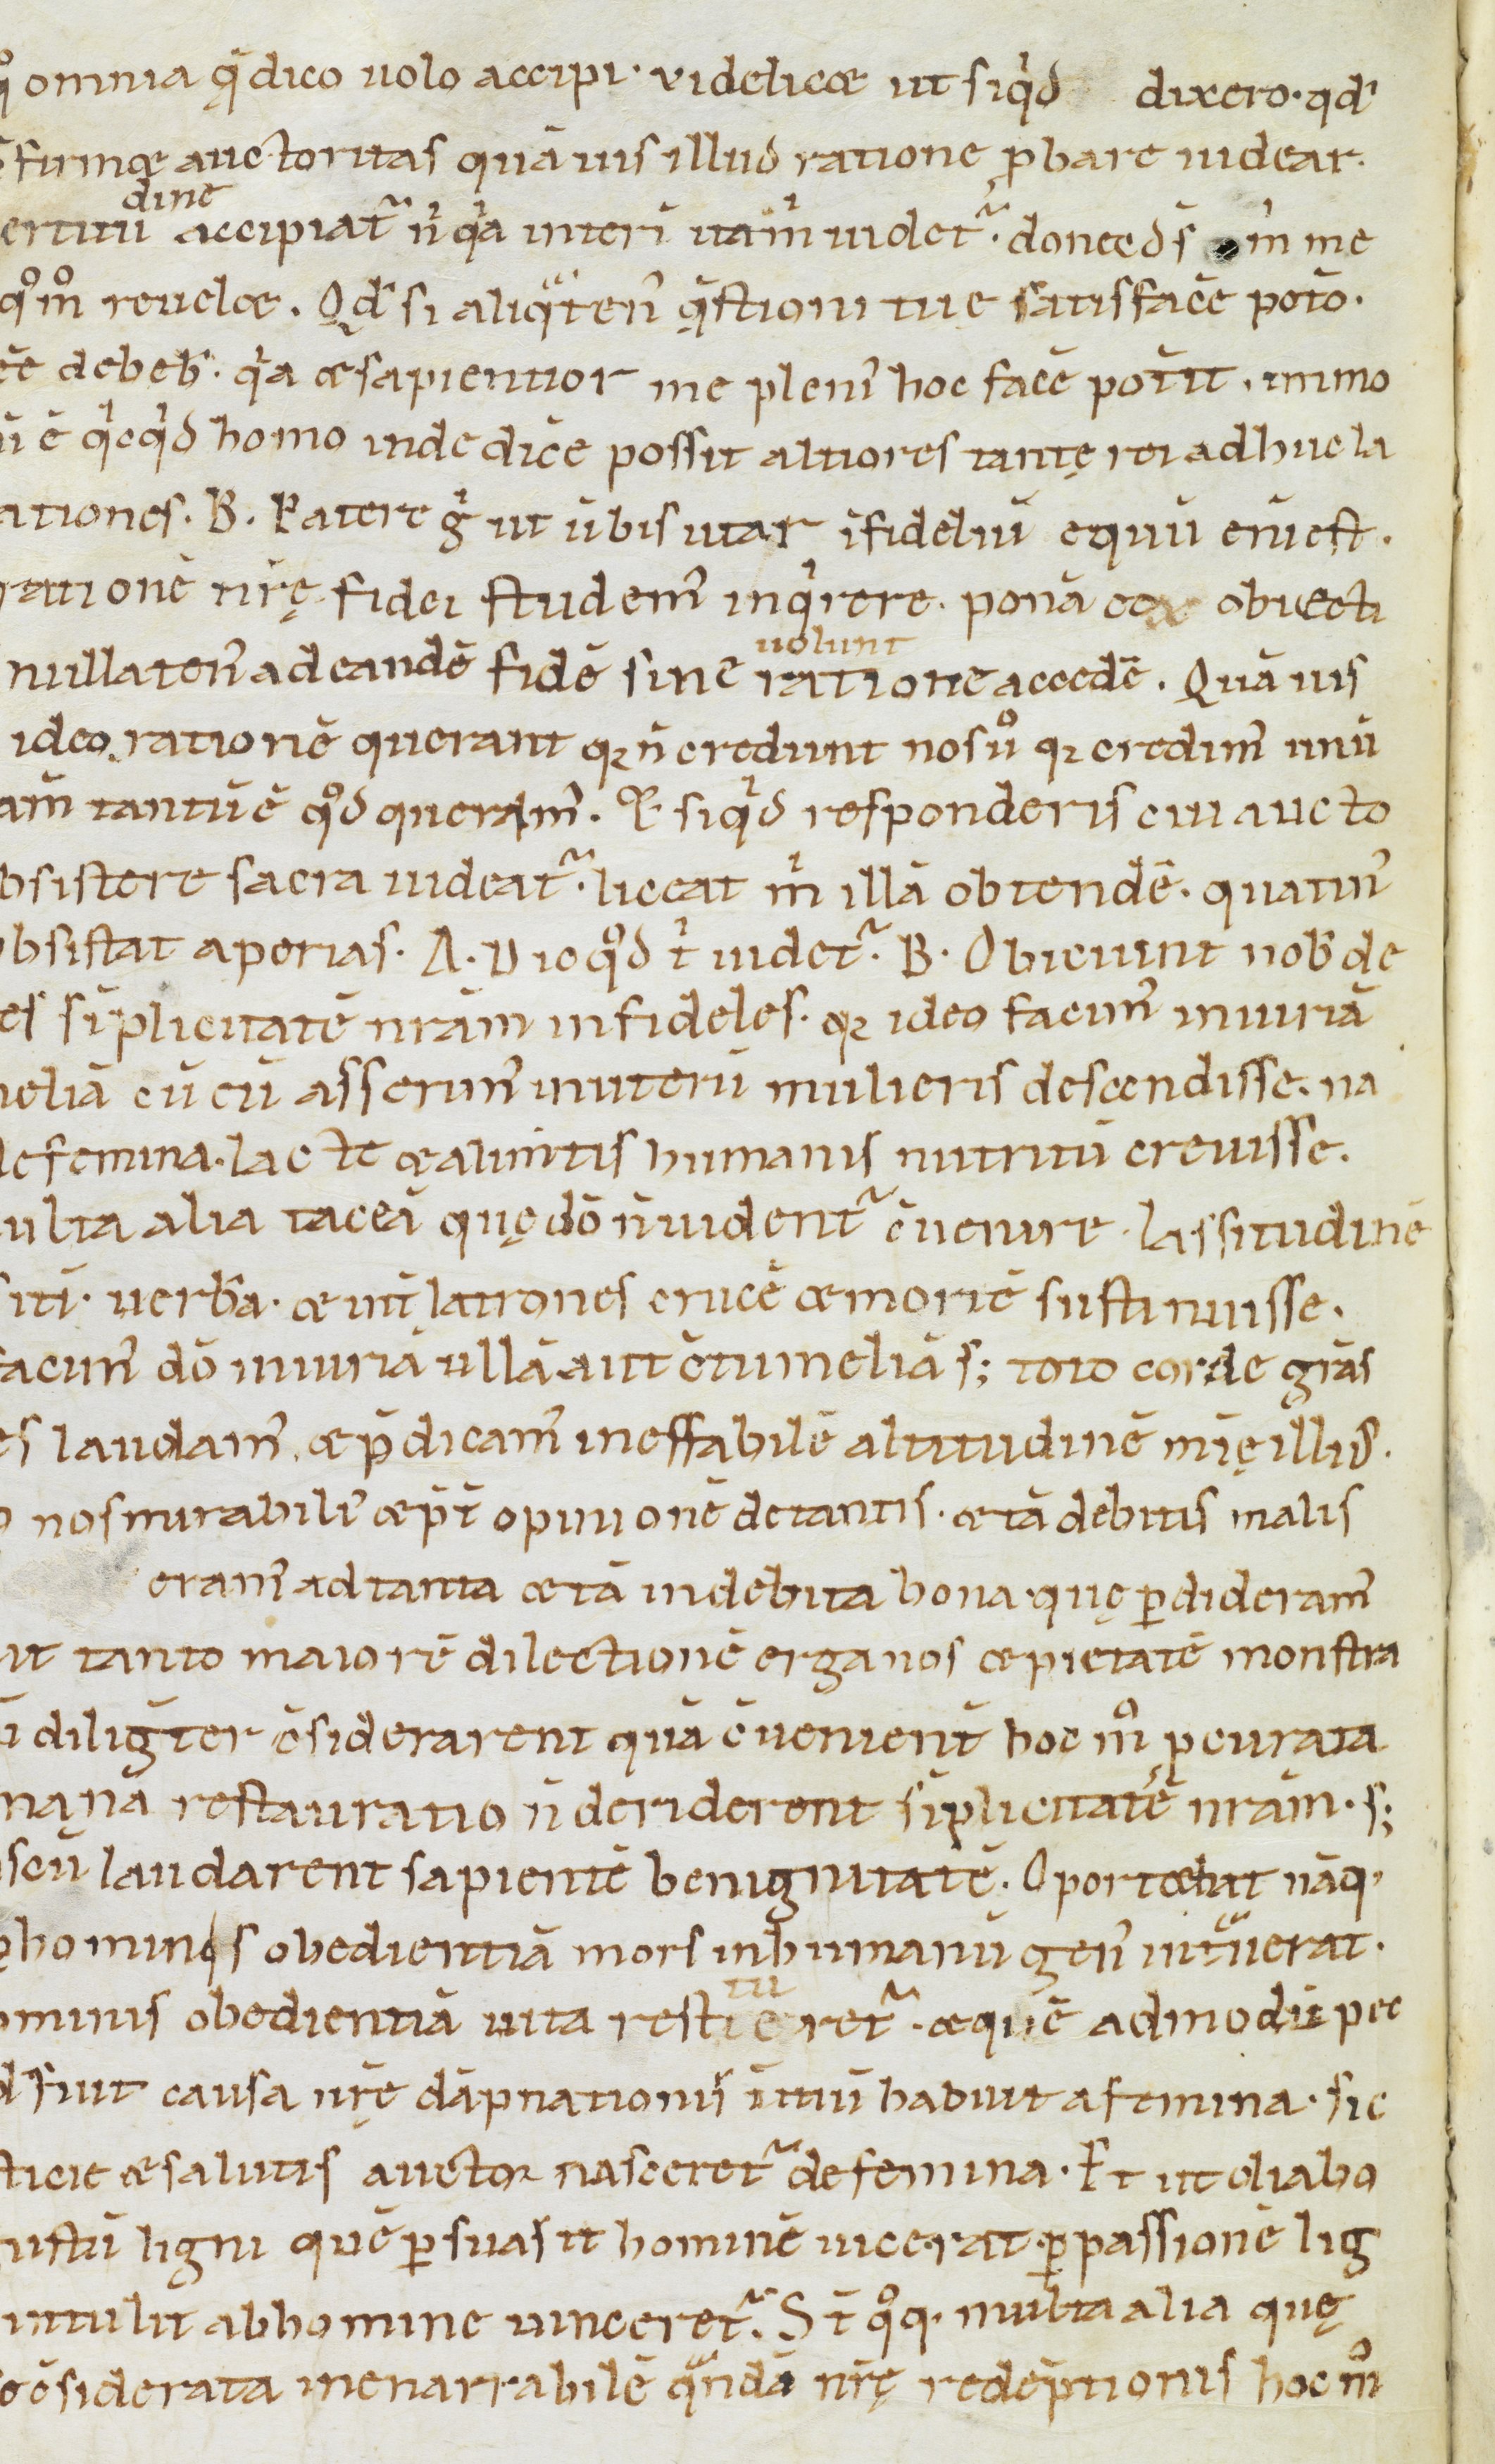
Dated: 1100–1199